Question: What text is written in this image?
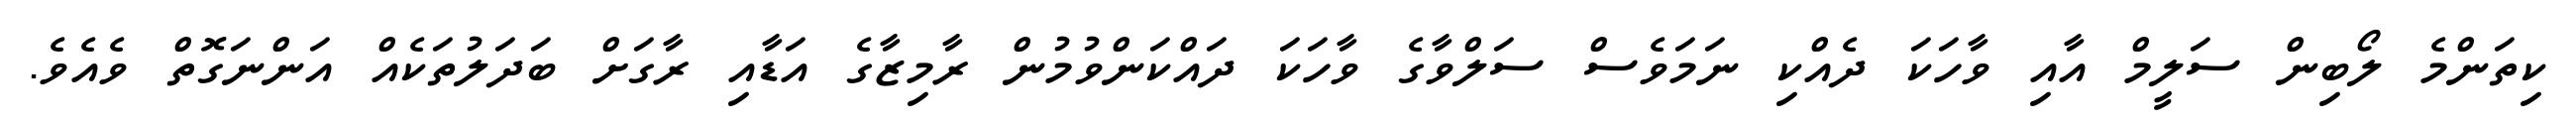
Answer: ކިތަންމެ ލޯބިން ސަލީމް އާއި ވާހަކަ ދެއްކި ނަމަވެސް ސަލްވާގެ ވާހަކަ ދައްކަންވުމުން ރާމިޒާގެ އަޑާއި ރާގަށް ބަދަލުތަކެއް އަންނަގޮތް ވެއެވެ.